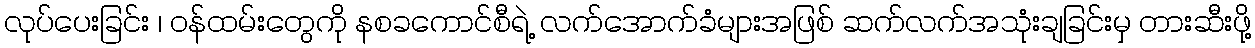
လုပ်ပေးခြင်း ၊ ဝန်ထမ်းတွေကို နစခကောင်စီရဲ့ လက်အောက်ခံများအဖြစ် ဆက်လက်အသုံးချခြင်းမှ တားဆီးဖို့